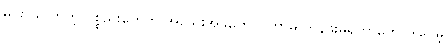
မင်း ယူလာတဲ့ ပစ္စည်းတွေက အသေးအဖွဲတွေပဲ၊ ဘာမှ တန်ဖိုးမရှိတာတွေ၊ ဒါပေမဲ့